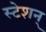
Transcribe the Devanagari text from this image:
स्टेशन्